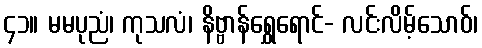
၄၁။ မမပုညံ၊ ကုသလံ၊ နိဗ္ဗာန်ရွှေရောင်- လင်းလိမ့်သောဝ်၊